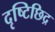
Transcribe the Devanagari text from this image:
दृष्टिछिद्र